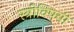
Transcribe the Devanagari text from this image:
स्त्रीविषयी